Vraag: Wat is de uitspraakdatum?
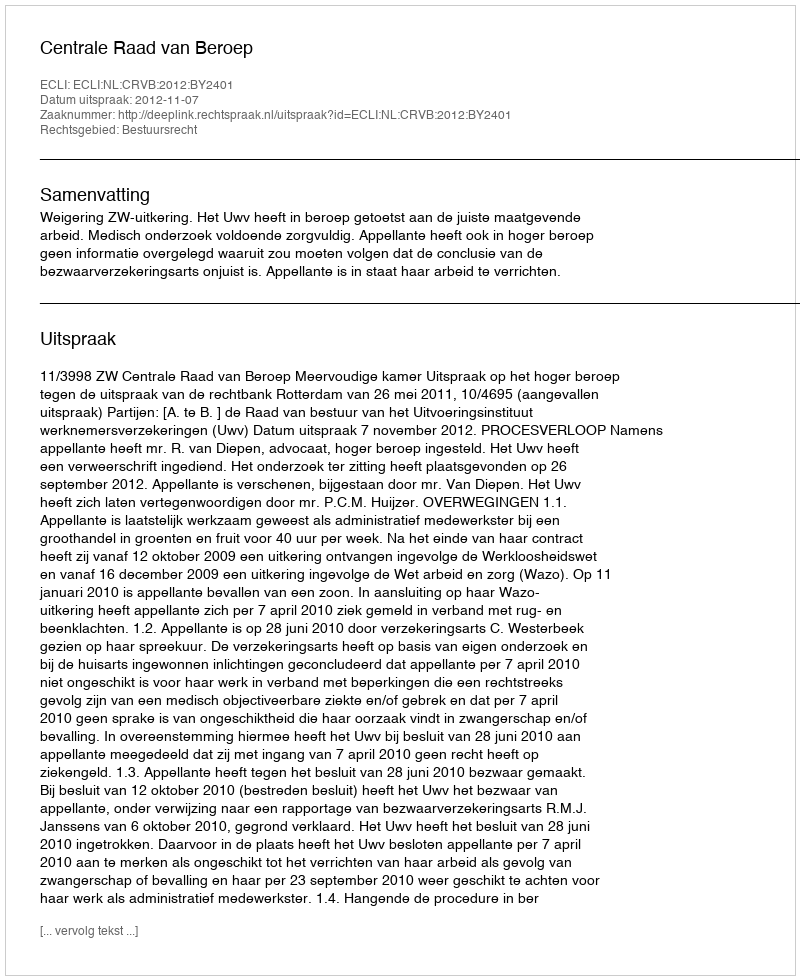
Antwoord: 2012-11-07